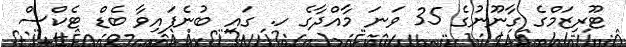
ޓޫރިޒަމްގެ ގާނޫނުގެ 35 ވަނަ މާއްދާގެ ހ. ގައި ބުނެފައިވާ ބެޑް ޓެކްސް